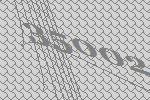
35002